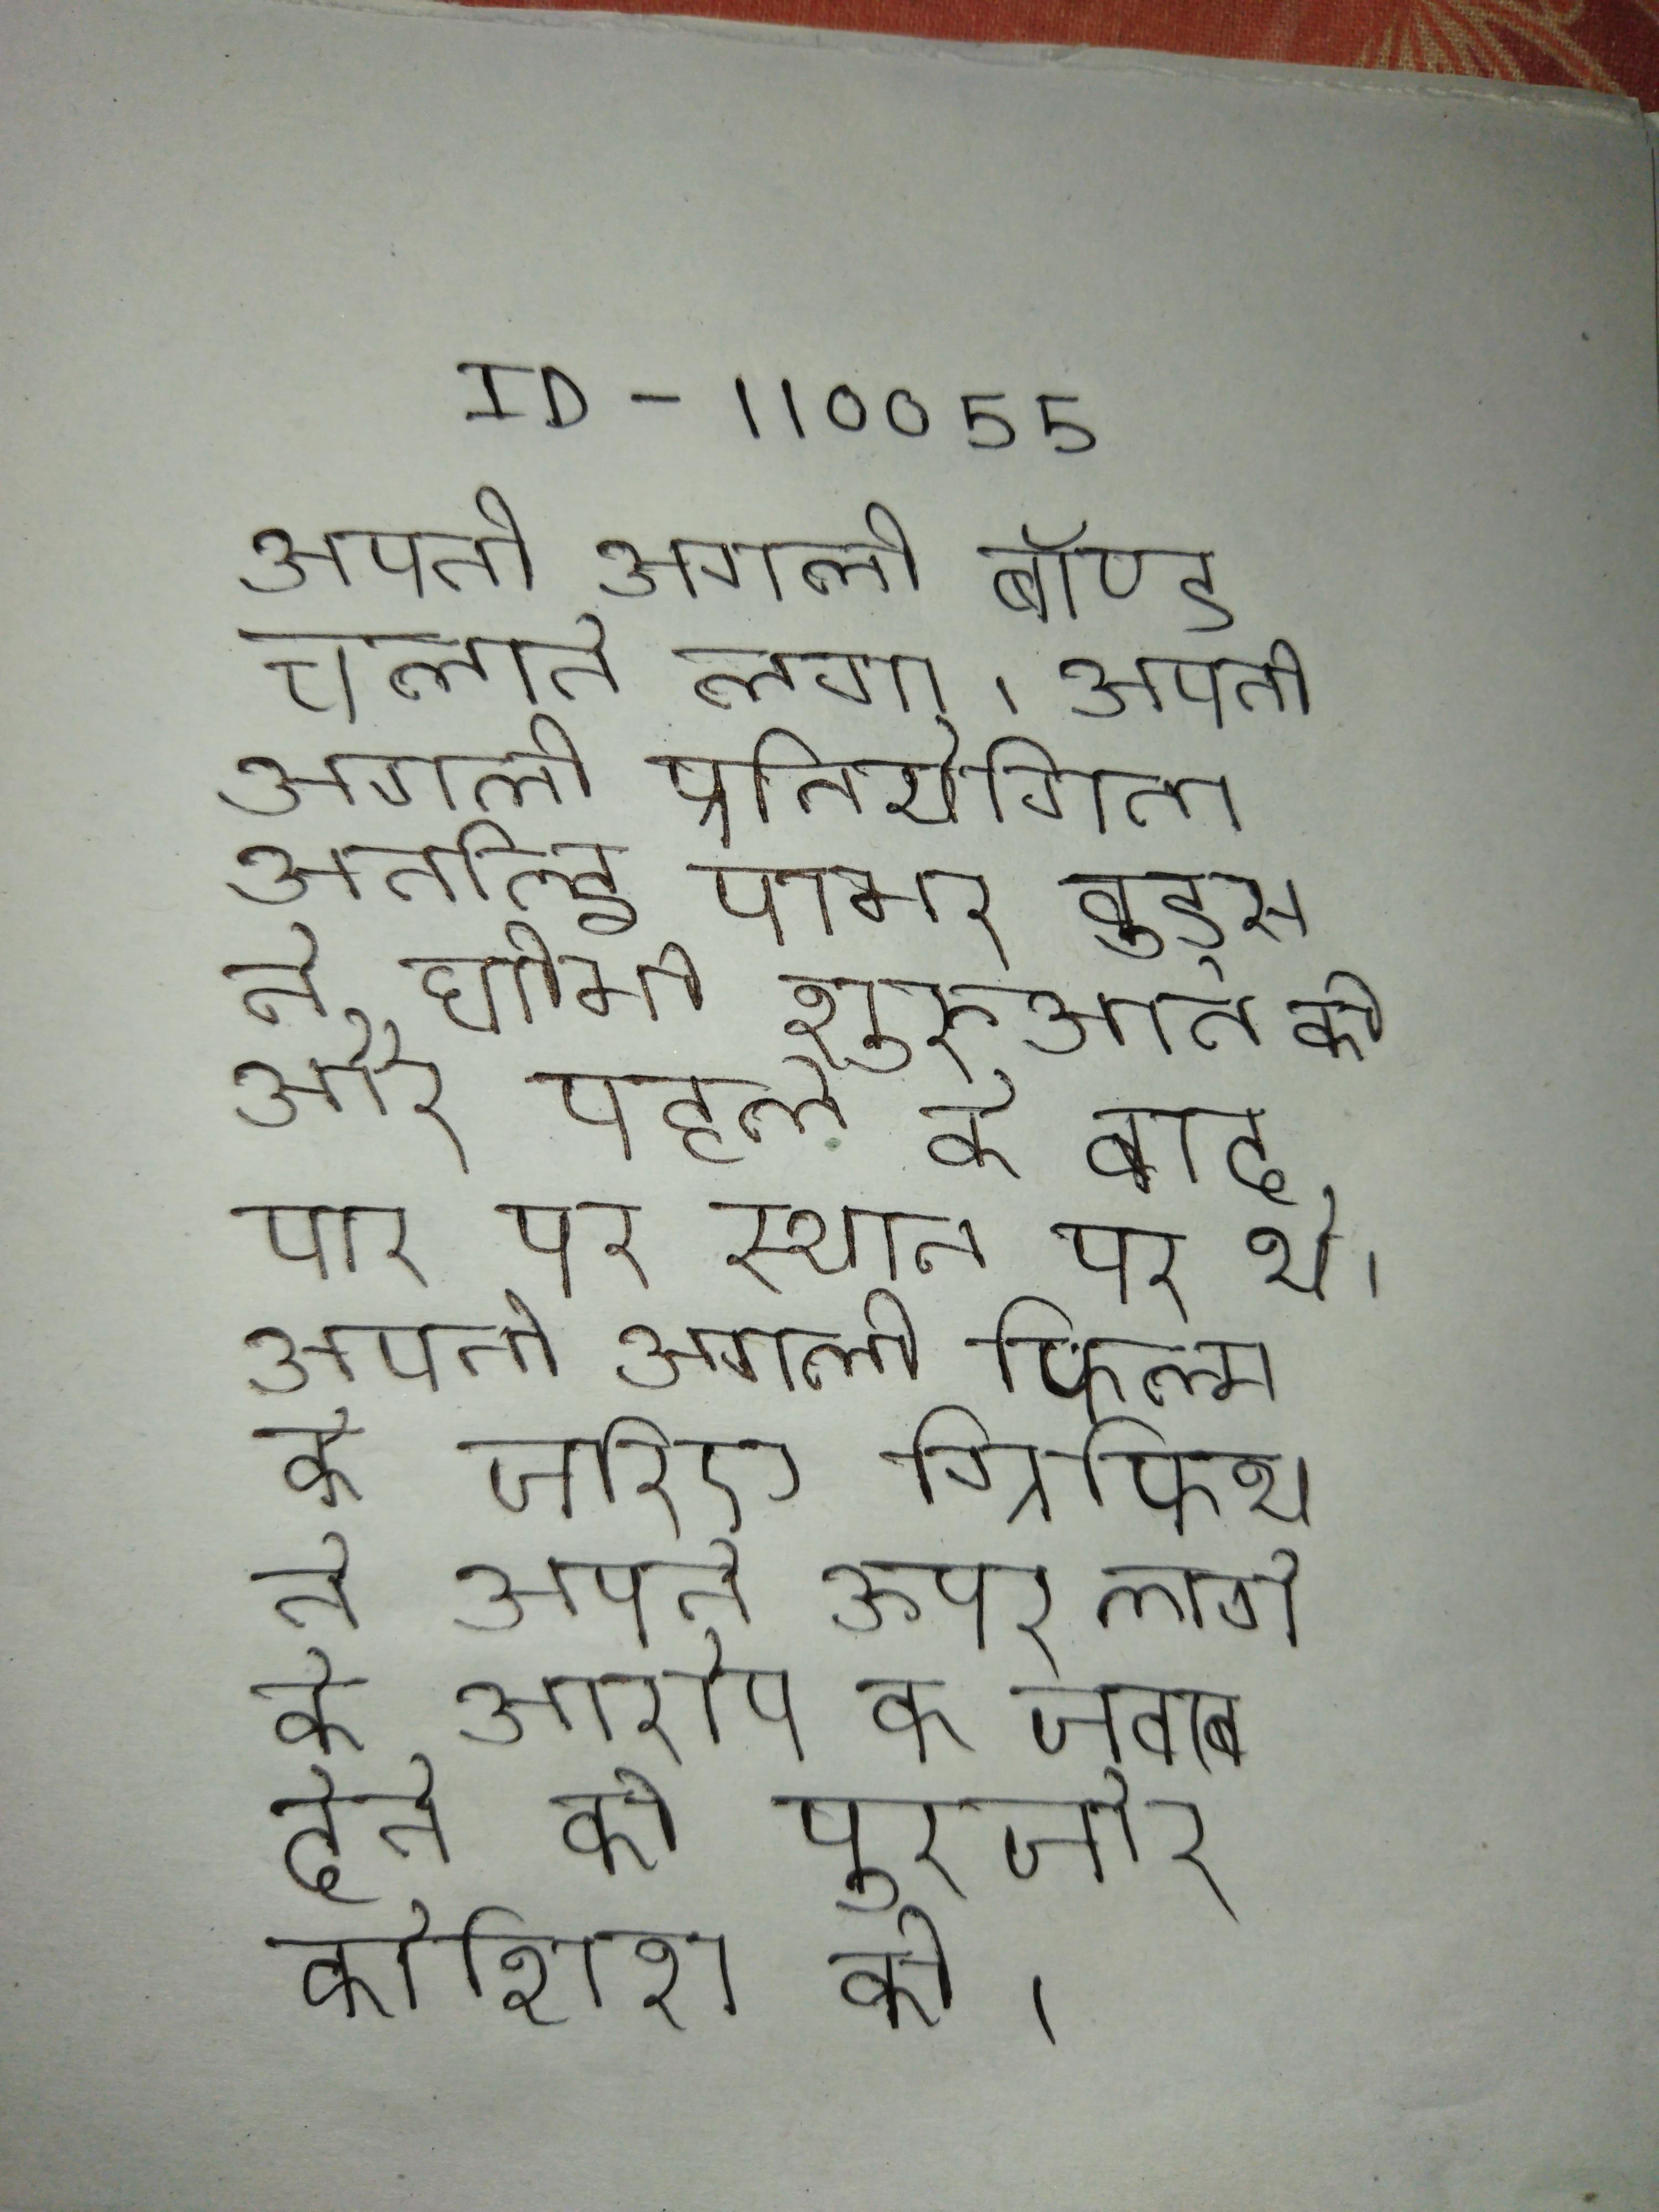
अपनी अगली बॉण्ड चलाने लगा । अपनी अगली प्रतियोगिता अर्नाल्ड पामर वुड्स ने धीमी शुरुआत की और पहले के बाद पार पर स्थान पर थे । अपनी अगली फिल्म के जरिए ग्रिफिथ ने अपने ऊपर लगे के आरोप का जवाब देने की पुरजोर कोशिश की ।